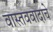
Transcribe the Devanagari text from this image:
वास्तववादाचे